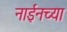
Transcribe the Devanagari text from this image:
नाईनच्या